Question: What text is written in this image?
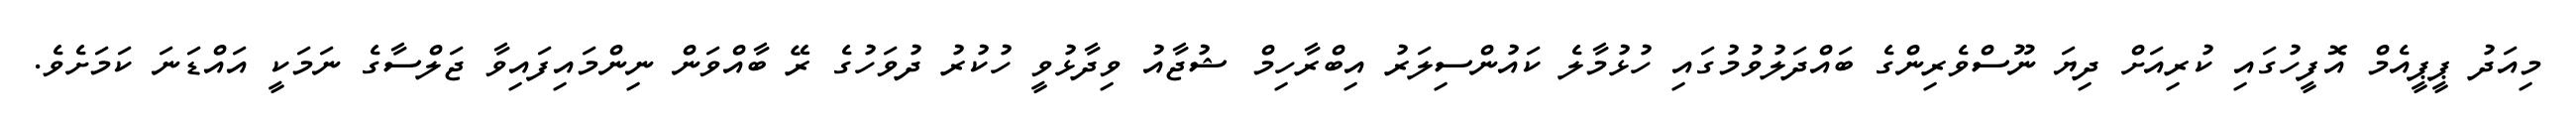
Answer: މިއަދު ޕީޕީއެމް އޮފީހުގައި ކުރިއަށް ދިޔަ ނޫސްވެރިންގެ ބައްދަލުވުމުގައި ހުޅުމާލެ ކައުންސިލަރު އިބްރާހިމް ޝުޖާއު ވިދާޅުވީ ހުކުރު ދުވަހުގެ ރޭ ބާއްވަން ނިންމައިފައިވާ ޖަލްސާގެ ނަމަކީ އައްޑަނަ ކަމަށެވެ.